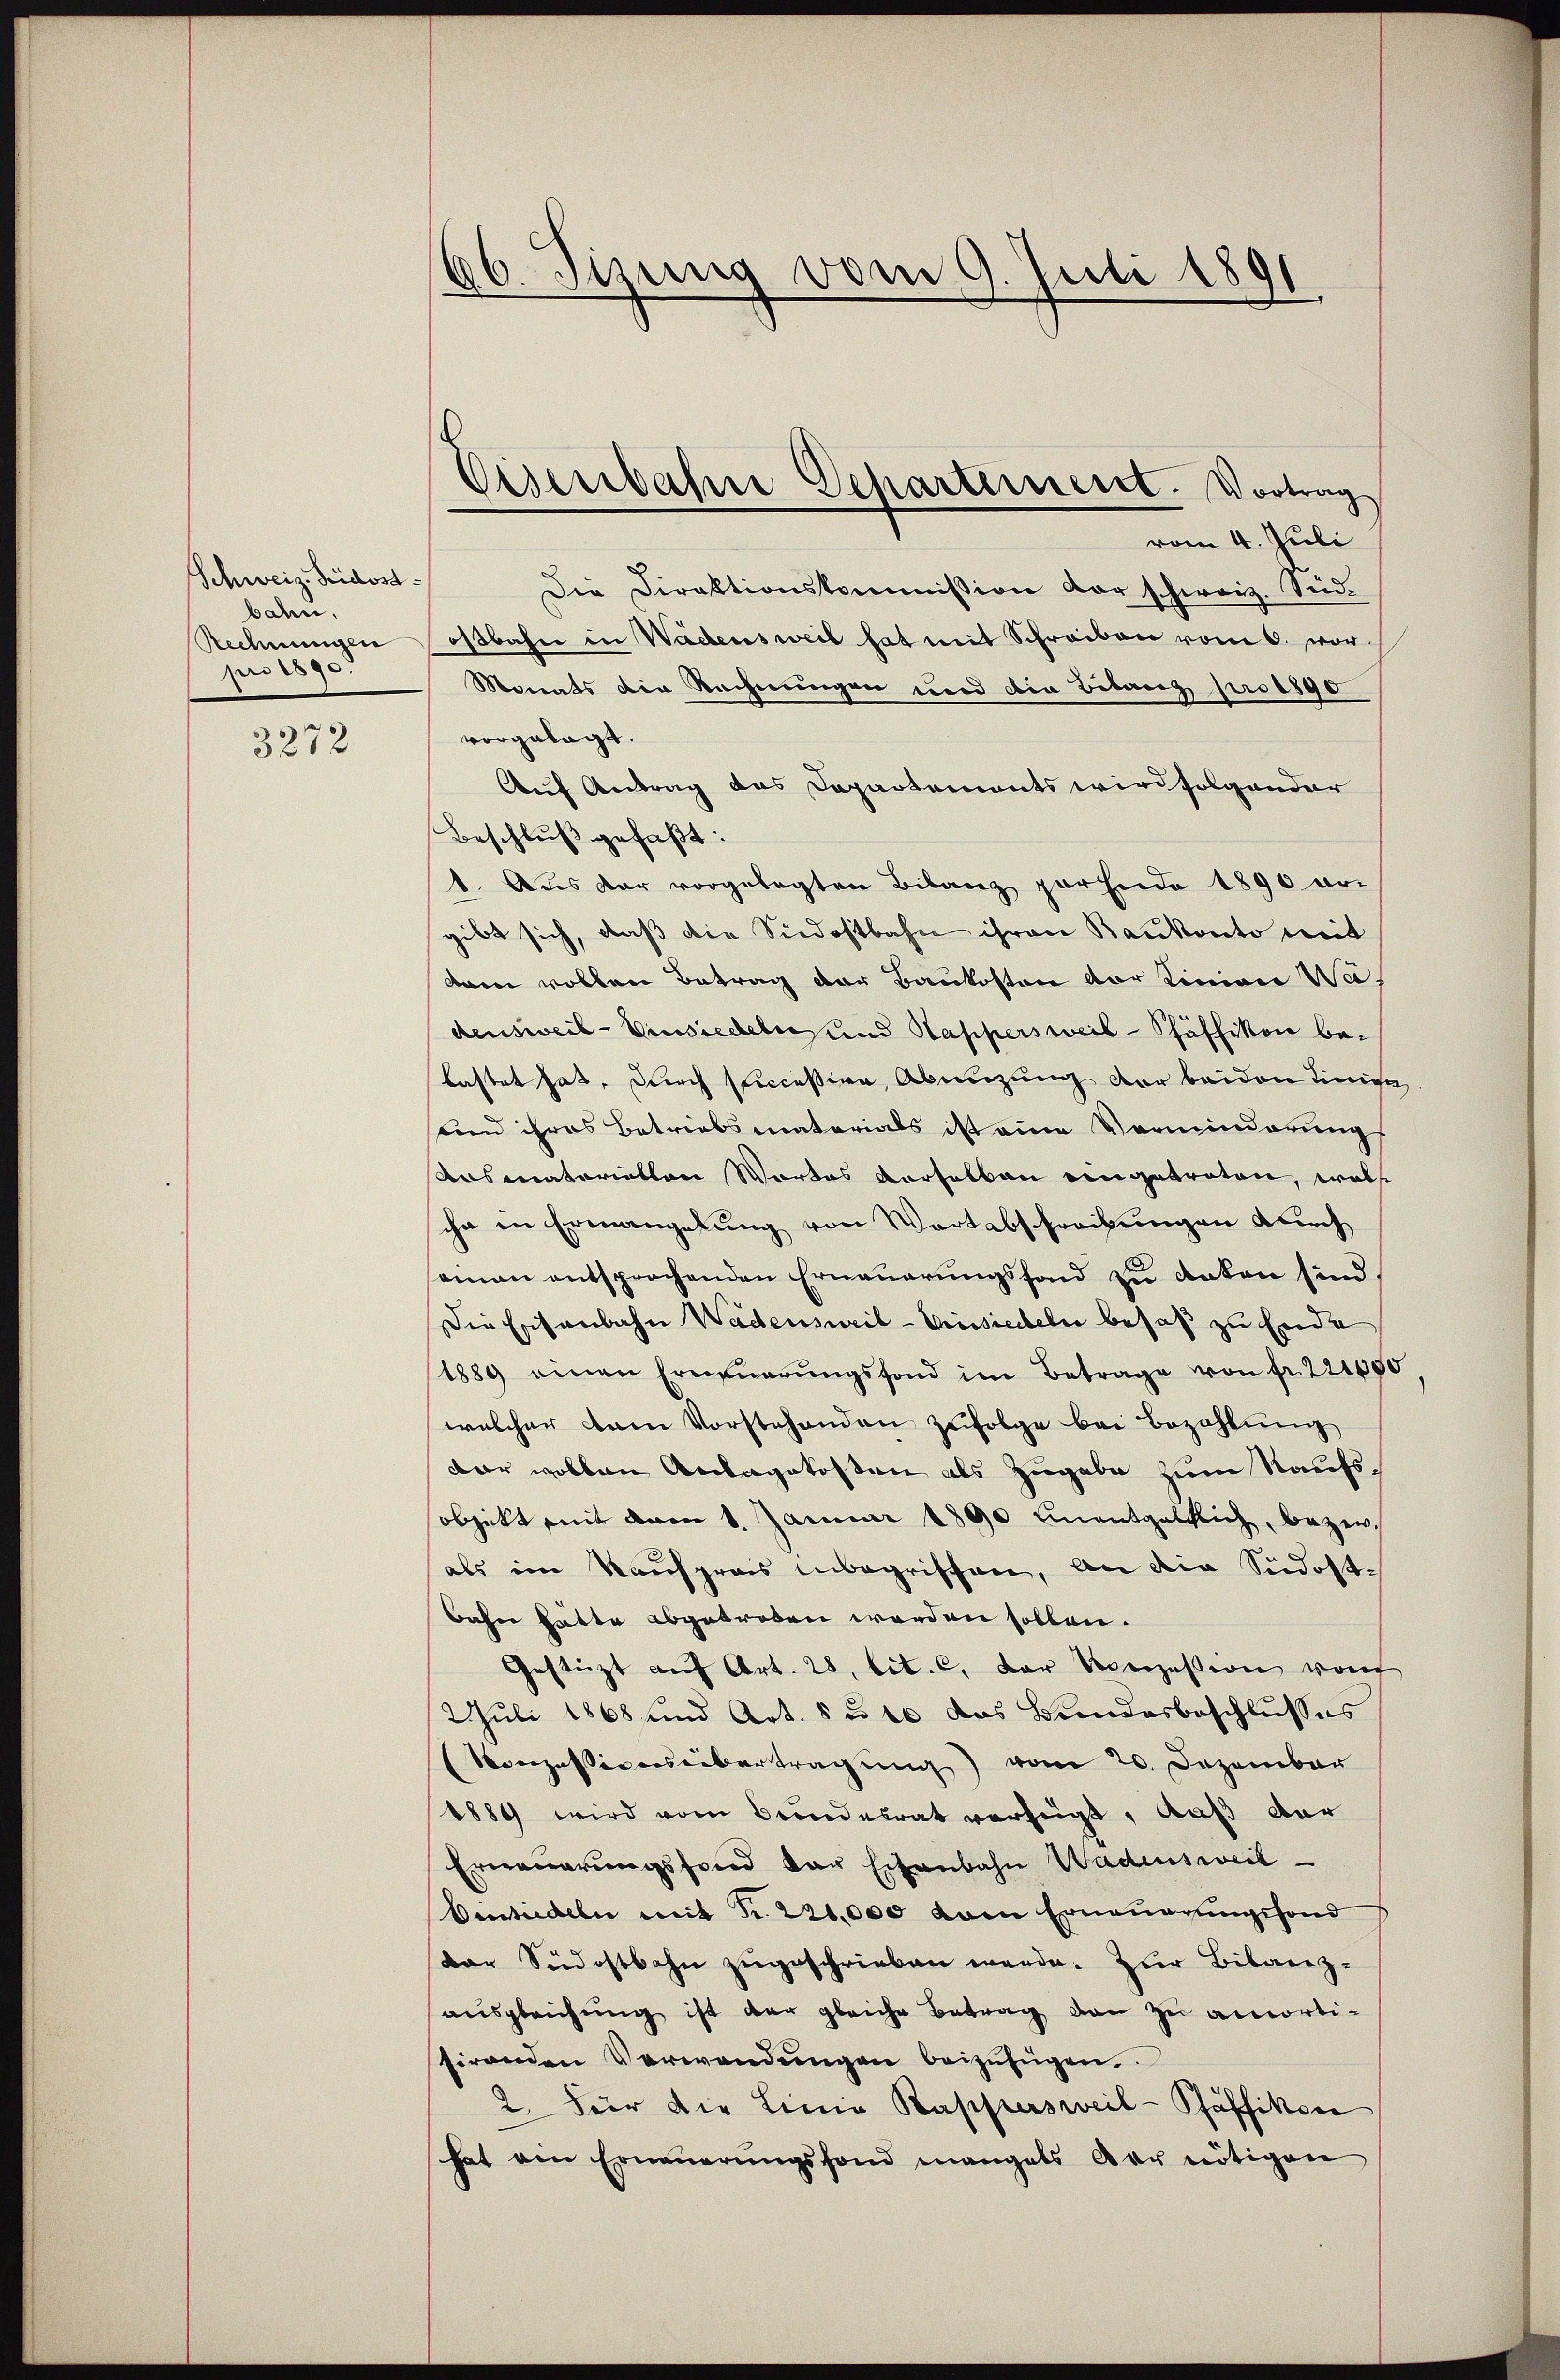
Schweiz. Seidostbahn,
Rechnungen
pro 1890.

3272

66. Sizung vom 9. Juli 1891.

Die Direktionskommission vor schweiz. Seidostbahn in Wädensweil hat mit Schreiben vom 6. vor
Monats die Rechnungen wird die Belang pro 1890
vorgelegt.
Auf Antrag das Departements wird folgender
Beschluß gefaßt:
1. Aus der vorgelegten Bilanz parende 1890 ar-
gibt sich, daß die Siedostbahn ihren Baukonto mit
kain vollen Betrag der Baukosten vor Linien Wadensweil - Einsiedelns und Kappersweis- Pfäffikon belastet hat, durch successive Abnüzung der beiden Einige
und ihres Betriebsmaterials ist eine Vorminderungs
Rasmateriellen Wartes verselben eingetreten, wolle
sche in Ermangelung von Wortabschreibungen durch
oman entsprochenden Erneuerungsfond zu dakon sind,
Die Eisenbahn Wadensweil-Grussiedeln besaß zu Ende
1889 einen Erneŭerŭngsfond im Betrage von fr. 221050
welcher kam Vorstehenden zufolge bei Bezahlung
dar vollen Anlagekosten als Zugabe zum Kaufssobjekt mit vom 1. Januar 1890 Unentgeltlich, bezw.
als im Kaufpreis unbegriffen, an die Siedostbahn hatte abgetroben werden sollen.
Gestützt auf Art. 28, lit. c. der Konzession von
2. Juli 1868 und Art. 8 u. 16 das Bundesbeschlusses
Konzessionseibertragung vom 20. Dezember
1889 wird vom Bundesrat vorzeigt, daß der
Erneuerungsfond der Eisenbahn Wadensweil
Vensiedeln mit Fr. 220,000 vom Erneuerungsfond
dar Südostbahn zugeschrieben werde. Zur Bibarzausgleichung ist der gleiche Betrag den zu amortisirenden Verwendungen beizufügen.
2. Für die Linie Kappersweil-Pfäffikon
hat am Erneŭerŭngsfond mangels der nötigen

Eisenbahre Departement. Vortrag
vom 4. Juli